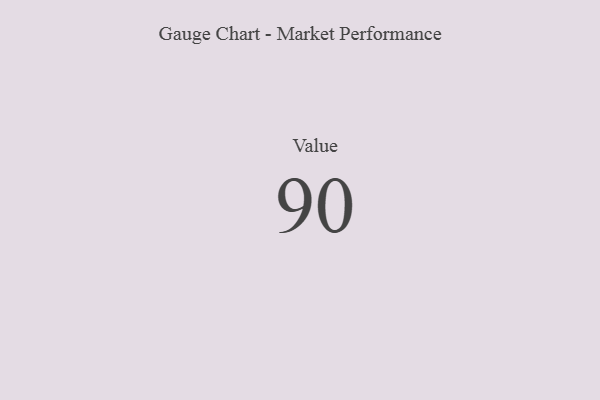
{"axis": {"x": "Metric", "y": "Value"}, "legend": [""], "data": [{"x": "Value", "y": 90, "type": ""}]}